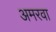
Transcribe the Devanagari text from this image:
अमरवा